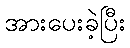
အားပေးခဲ့ပြီး